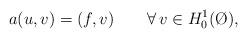
LaTeX: \begin{align*} a(u,v)=(f,v) \qquad\forall\,v\in H^1_0(\O),\end{align*}